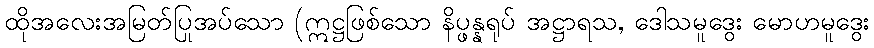
ထိုအလေးအမြတ်ပြုအပ်သော (ဣဋ္ဌဖြစ်သော နိပ္ဖန္နရုပ် အဋ္ဌာရသ, ဒေါသမူဒွေး မောဟမူဒွေး